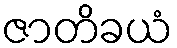
ဇာတိခယံ